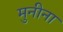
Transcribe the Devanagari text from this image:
मुनीना